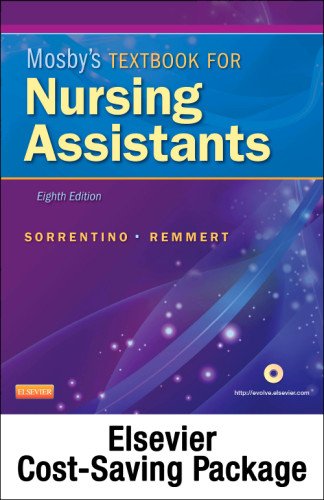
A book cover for Mosby's Textbook for Nursing Assistants (Soft Cover Version) - Text, Workbook, and Mosby's Nursing Assistant Video Skills - Student Version DVD 3.0 Package, 8e; Sheila A. Sorrentino PhD  RN; Medical Books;